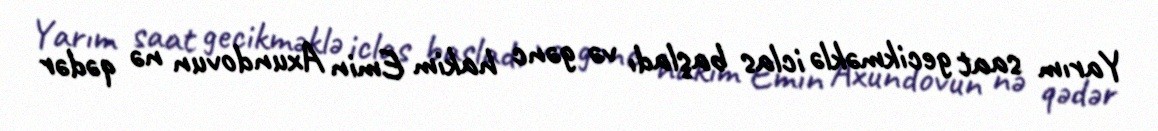
Yarım saat gecikməklə iclas başladı və gənc hakim Emin Axundovun nə qədər